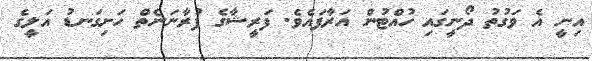
އިނީ އެ ވަގުތު ދޯނީގައި ހުއްޓުން އަރާފައެވެ. ފަރީޝާގެ ފުރާނަނެތް ހަށިގަނޑު އަލީގެ